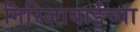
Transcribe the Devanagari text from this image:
गिरिजाबाईंच्या